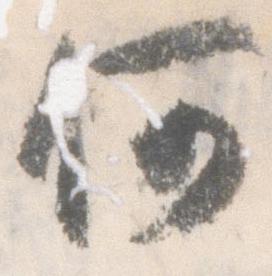
何